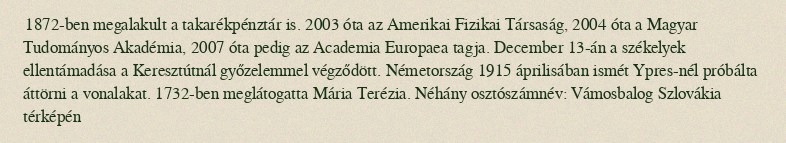
1872-ben megalakult a takarékpénztár is. 2003 óta az Amerikai Fizikai Társaság, 2004 óta a Magyar Tudományos Akadémia, 2007 óta pedig az Academia Europaea tagja. December 13-án a székelyek ellentámadása a Keresztútnál győzelemmel végződött. Németország 1915 áprilisában ismét Ypres-nél próbálta áttörni a vonalakat. 1732-ben meglátogatta Mária Terézia. Néhány osztószámnév: Vámosbalog Szlovákia térképén